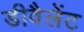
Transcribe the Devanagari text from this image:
डीवैलेंट